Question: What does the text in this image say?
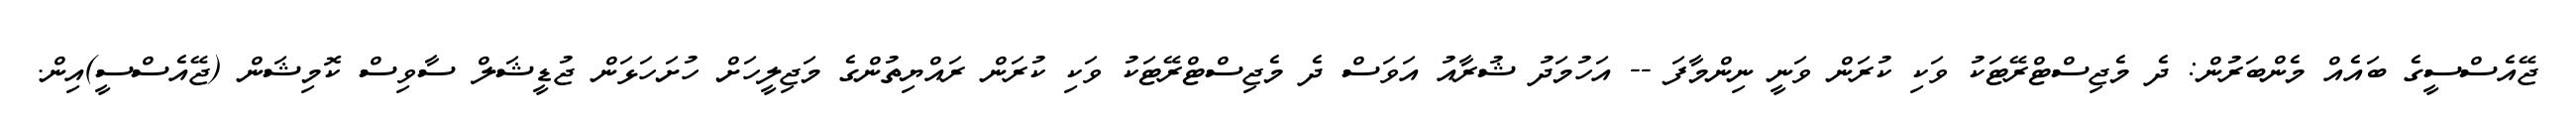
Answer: ޖޭއެސްސީގެ ބައެއް މެންބަރުން: ދެ މެޖިސްޓްރޭޓަކު ވަކި ކުރަން ވަނީ ނިންމާފަ -- އަހުމަދު ޝުރާއު އަވަސް ދެ މެޖިސްޓްރޭޓަކު ވަކި ކުރަން ރައްޔިތުންގެ މަޖިލީހަށް ހުށަހަޅަން ޖުޑީޝަލް ސާވިސް ކޮމިޝަން (ޖޭއެސްސީ)އިން.